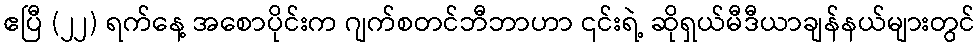
ဧပြီ (၂၂) ရက်နေ့ အစောပိုင်းက ဂျက်စတင်ဘီဘာဟာ ၎င်းရဲ့ ဆိုရှယ်မီဒီယာချန်နယ်များတွင်